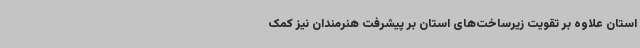
استان علاوه بر تقویت زیرساخت‌های استان بر پیشرفت هنرمندان نیز کمک